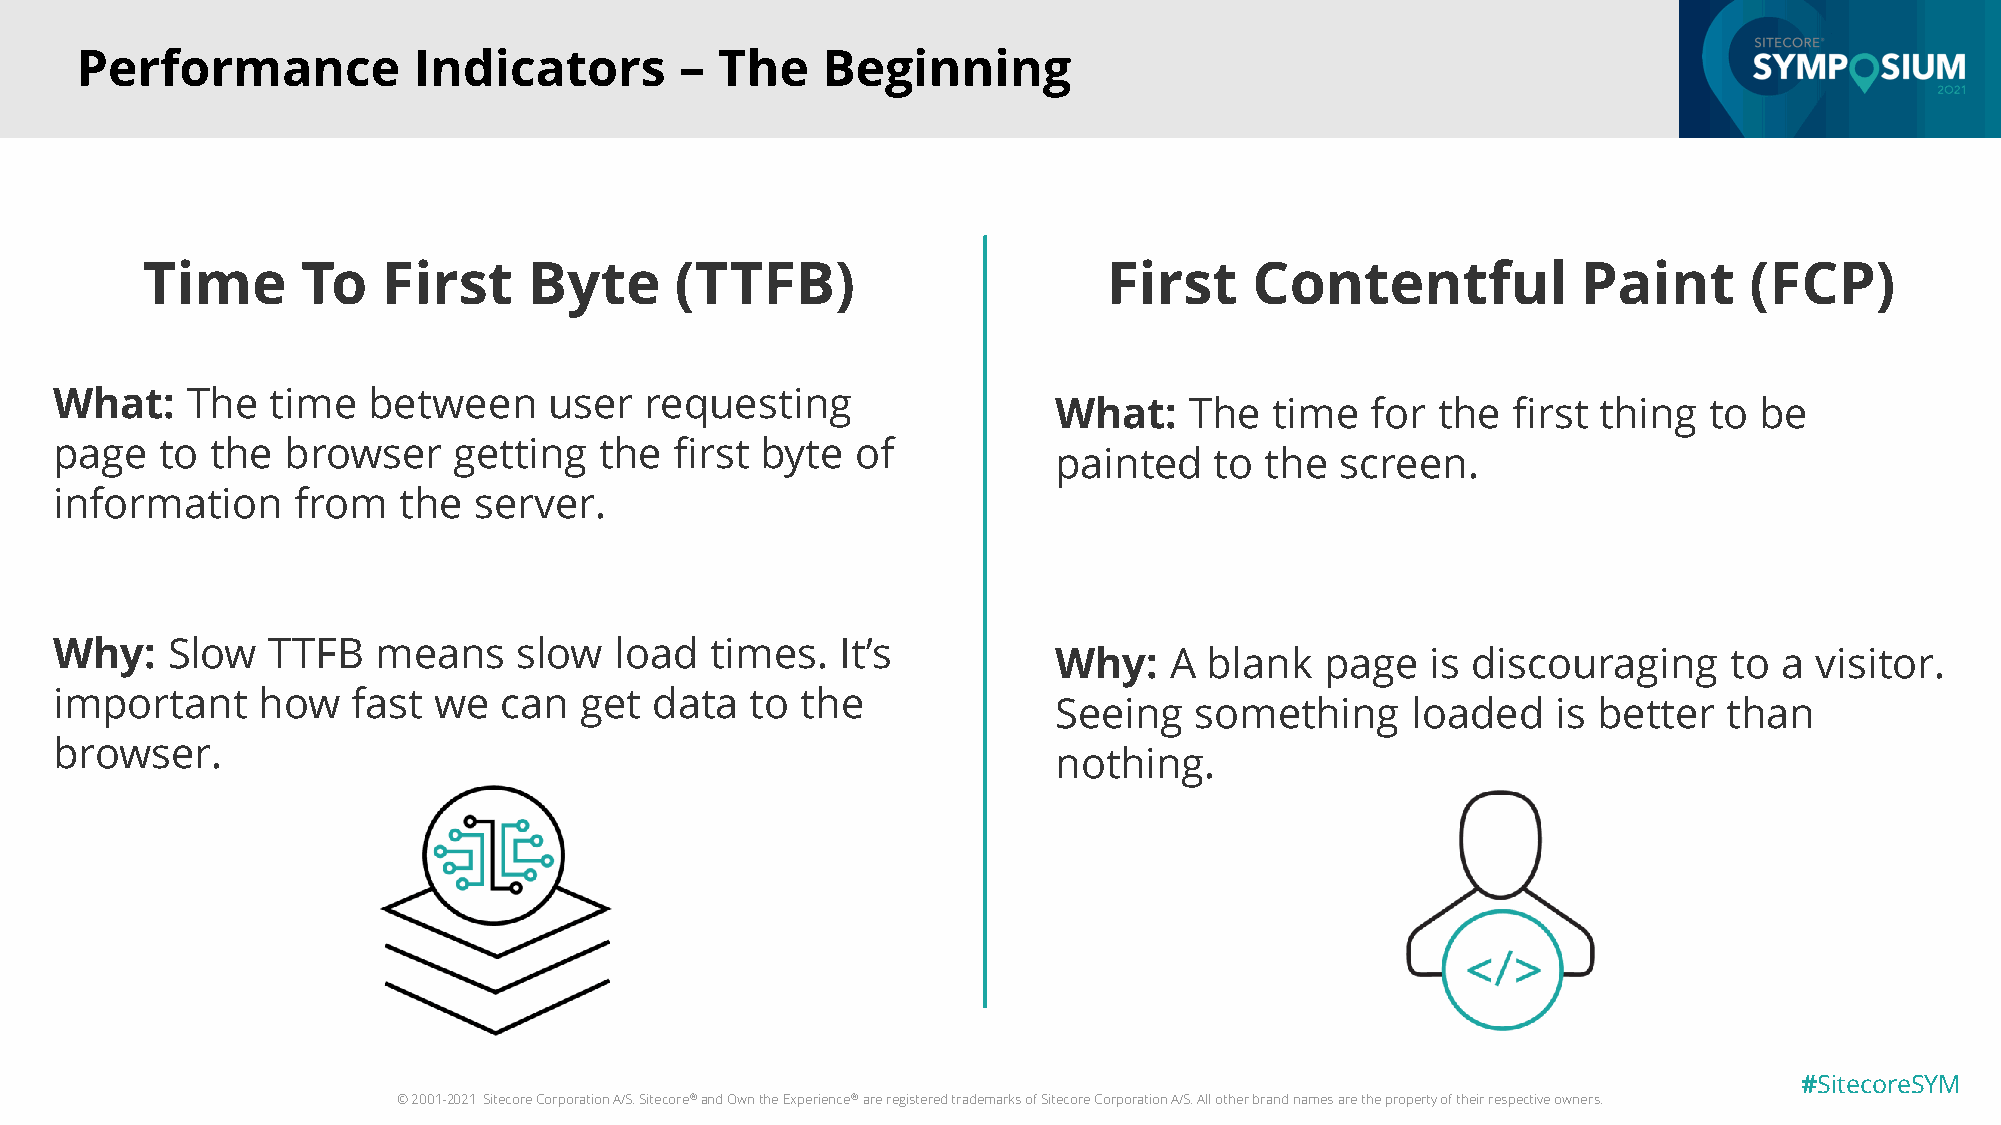
Performance           Indicators        – The    Beginning
 Time       To   First     Byte      (TTFB)                      First     Contentful            Paint      (FCP)
 What:   The   time  between     user   requesting
 What:    The  time   for the  first thing  to be
 page   to the  browser    getting   the  first byte  of
 painted   to  the  screen.
 information    from   the  server.
 Why:   Slow   TTFB   means    slow   load  times.   It’s
 Why:   A  blank   page   is discouraging     to a visitor.
 important    how   fast  we  can  get  data   to the
 Seeing   something     loaded    is better  than
 browser.
 nothing.
 #SitecoreSYM
 © 2001-2021 Sitecore Corporation A/S. Sitecore®and Own the Experience®are registered trademarks of Sitecore Corporation A/S. All other brand names are the property of their respective owners.